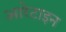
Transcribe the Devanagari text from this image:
आरेटाइन